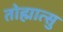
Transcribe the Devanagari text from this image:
तोह्मात्सु